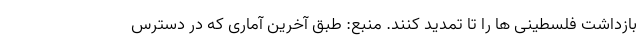
بازداشت فلسطینی ها را تا تمدید کنند. منبع: طبق آخرین آماری که در دسترس